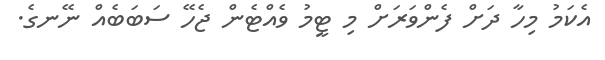
އެކަމު މިހާ ދަށް ފެންވަރަށް މި ޓީމު ވެއްޓެން ޖެހޭ ސަބަބެއް ނޭނގެ.